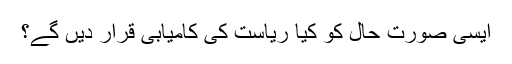
ایسی صورتِ حال کو کیا ریاست کی کامیابی قرار دیں گے؟